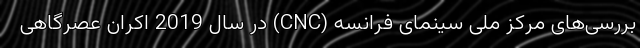
بررسی‌های مرکز ملی سینمای فرانسه (CNC) در سال 2019 اکران عصرگاهی